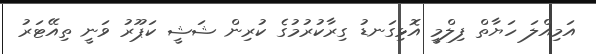
އަމިއްލަ ހަޔާތް ފިލްމީ އޮޅިގަނޑު ގިރާކުރުމުގެ ކުރިން ޝަޝީ ކަޕޫރު ވަނީ ތިއޭޓަރު